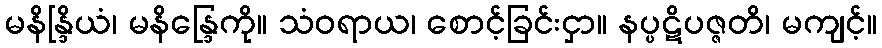
မနိန္ဒြိယံ၊ မနိန္ဒြေကို။ သံဝရာယ၊ စောင့်ခြင်းငှာ။ နပ္ပဋိပဇ္ဇတိ၊ မကျင့်။